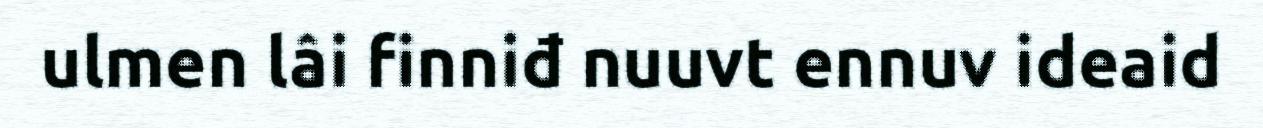
ulmen lâi finniđ nuuvt ennuv ideaid